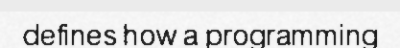
defines how a programming